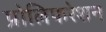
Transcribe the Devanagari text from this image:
प्रोलिफरेशन